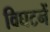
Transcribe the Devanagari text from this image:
विघटनें